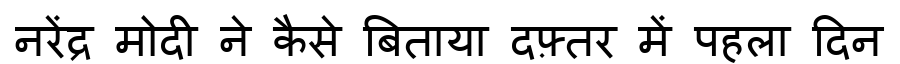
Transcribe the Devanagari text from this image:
नरेंद्र मोदी ने कैसे बिताया दफ़्तर में पहला दिन